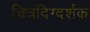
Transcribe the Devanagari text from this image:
चित्रदिग्दर्शक